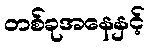
တစ်ခုအနေနှင့်